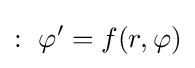
:\ \varphi '=f(r,\varphi )